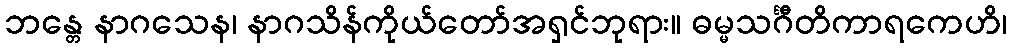
ဘန္တေ နာဂသေန၊ နာဂသိန်ကိုယ်တော်အရှင်ဘုရား။ ဓမ္မသင်္ဂီတိကာရကေဟိ၊